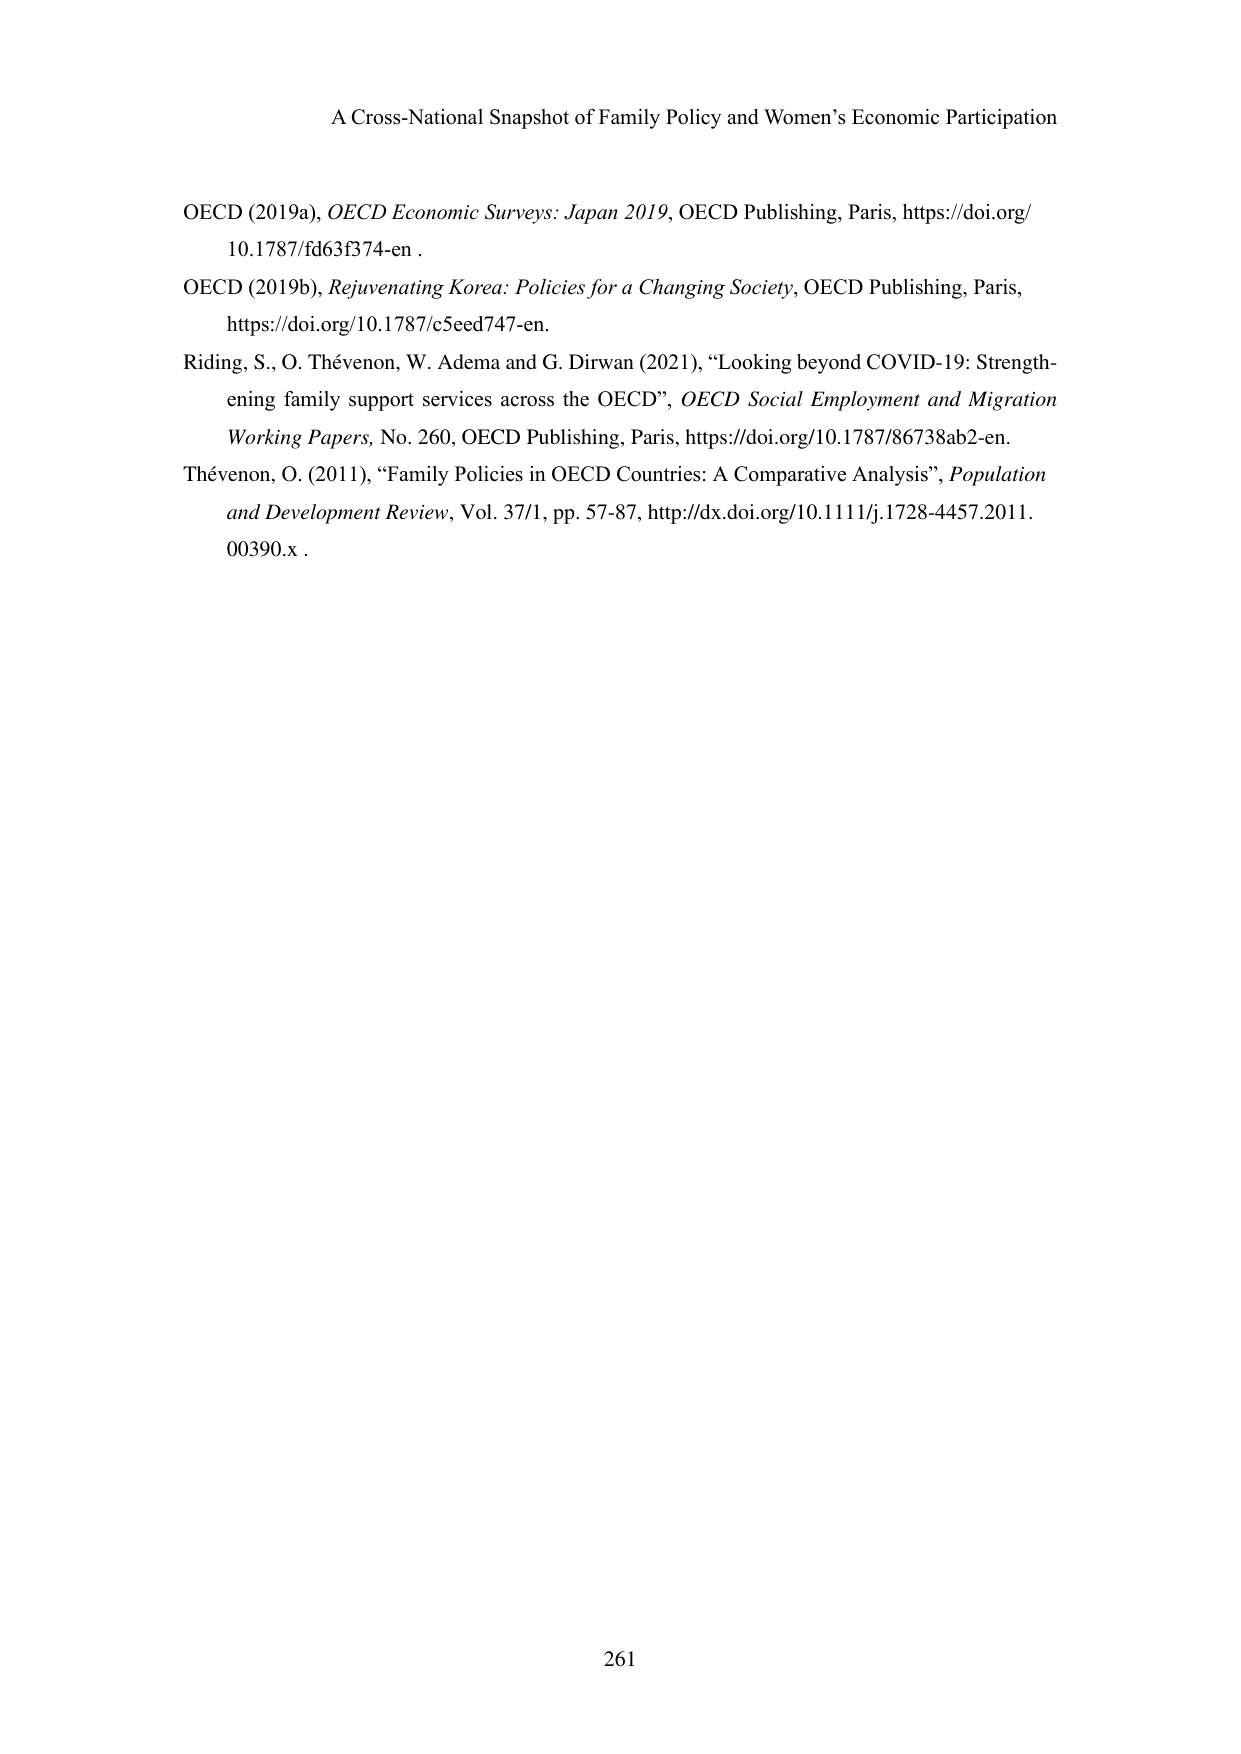
A Cross-National Snapshot of Family Policy and Women’s Economic Participation

OECD (2019a), OECD Economic Surveys: Japan 2019, OECD Publishing, Paris, https://doi.org/10.1787/fd63f374-en.

OECD (2019b), Rejuvenating Korea: Policies for a Changing Society, OECD Publishing, Paris, https://doi.org/10.1787/c5eed747-en.

Riding, S., O. Thévenon, W. Adema and G. Dirwan (2021), “Looking beyond COVID-19: Strengthening family support services across the OECD”, OECD Social Employment and Migration Working Papers, No. 260, OECD Publishing, Paris, https://doi.org/10.1787/86738ab2-en.

Thévenon, O. (2011), “Family Policies in OECD Countries: A Comparative Analysis”, Population and Development Review, Vol. 37/1, pp. 57-87, http://dx.doi.org/10.1111/j.1728-4457.2011.00390.x.

261